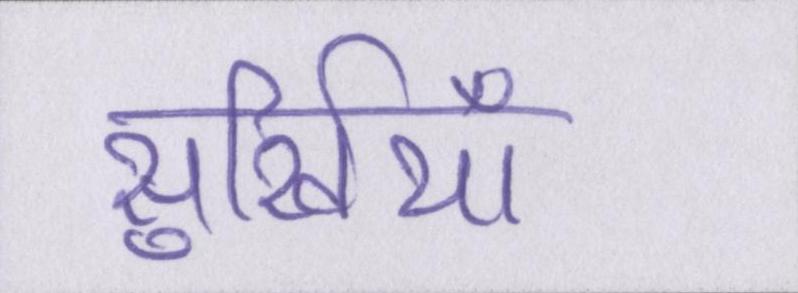
सुर्खियाँ